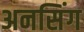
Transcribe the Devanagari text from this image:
अनसिंग